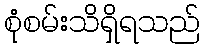
စုံစမ်းသိရှိရသည်